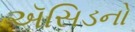
ઍસિડનો